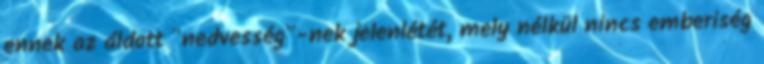
ennek az áldott "nedvesség"-nek jelenlétét, mely nélkül nincs emberiség